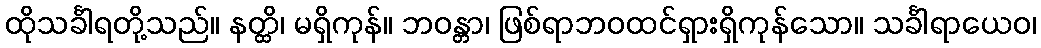
ထိုသင်္ခါရတို့သည်။ နတ္ထိ၊ မရှိကုန်။ ဘဝန္တာ၊ ဖြစ်ရာဘဝထင်ရှားရှိကုန်သော။ သင်္ခါရာယေဝ၊